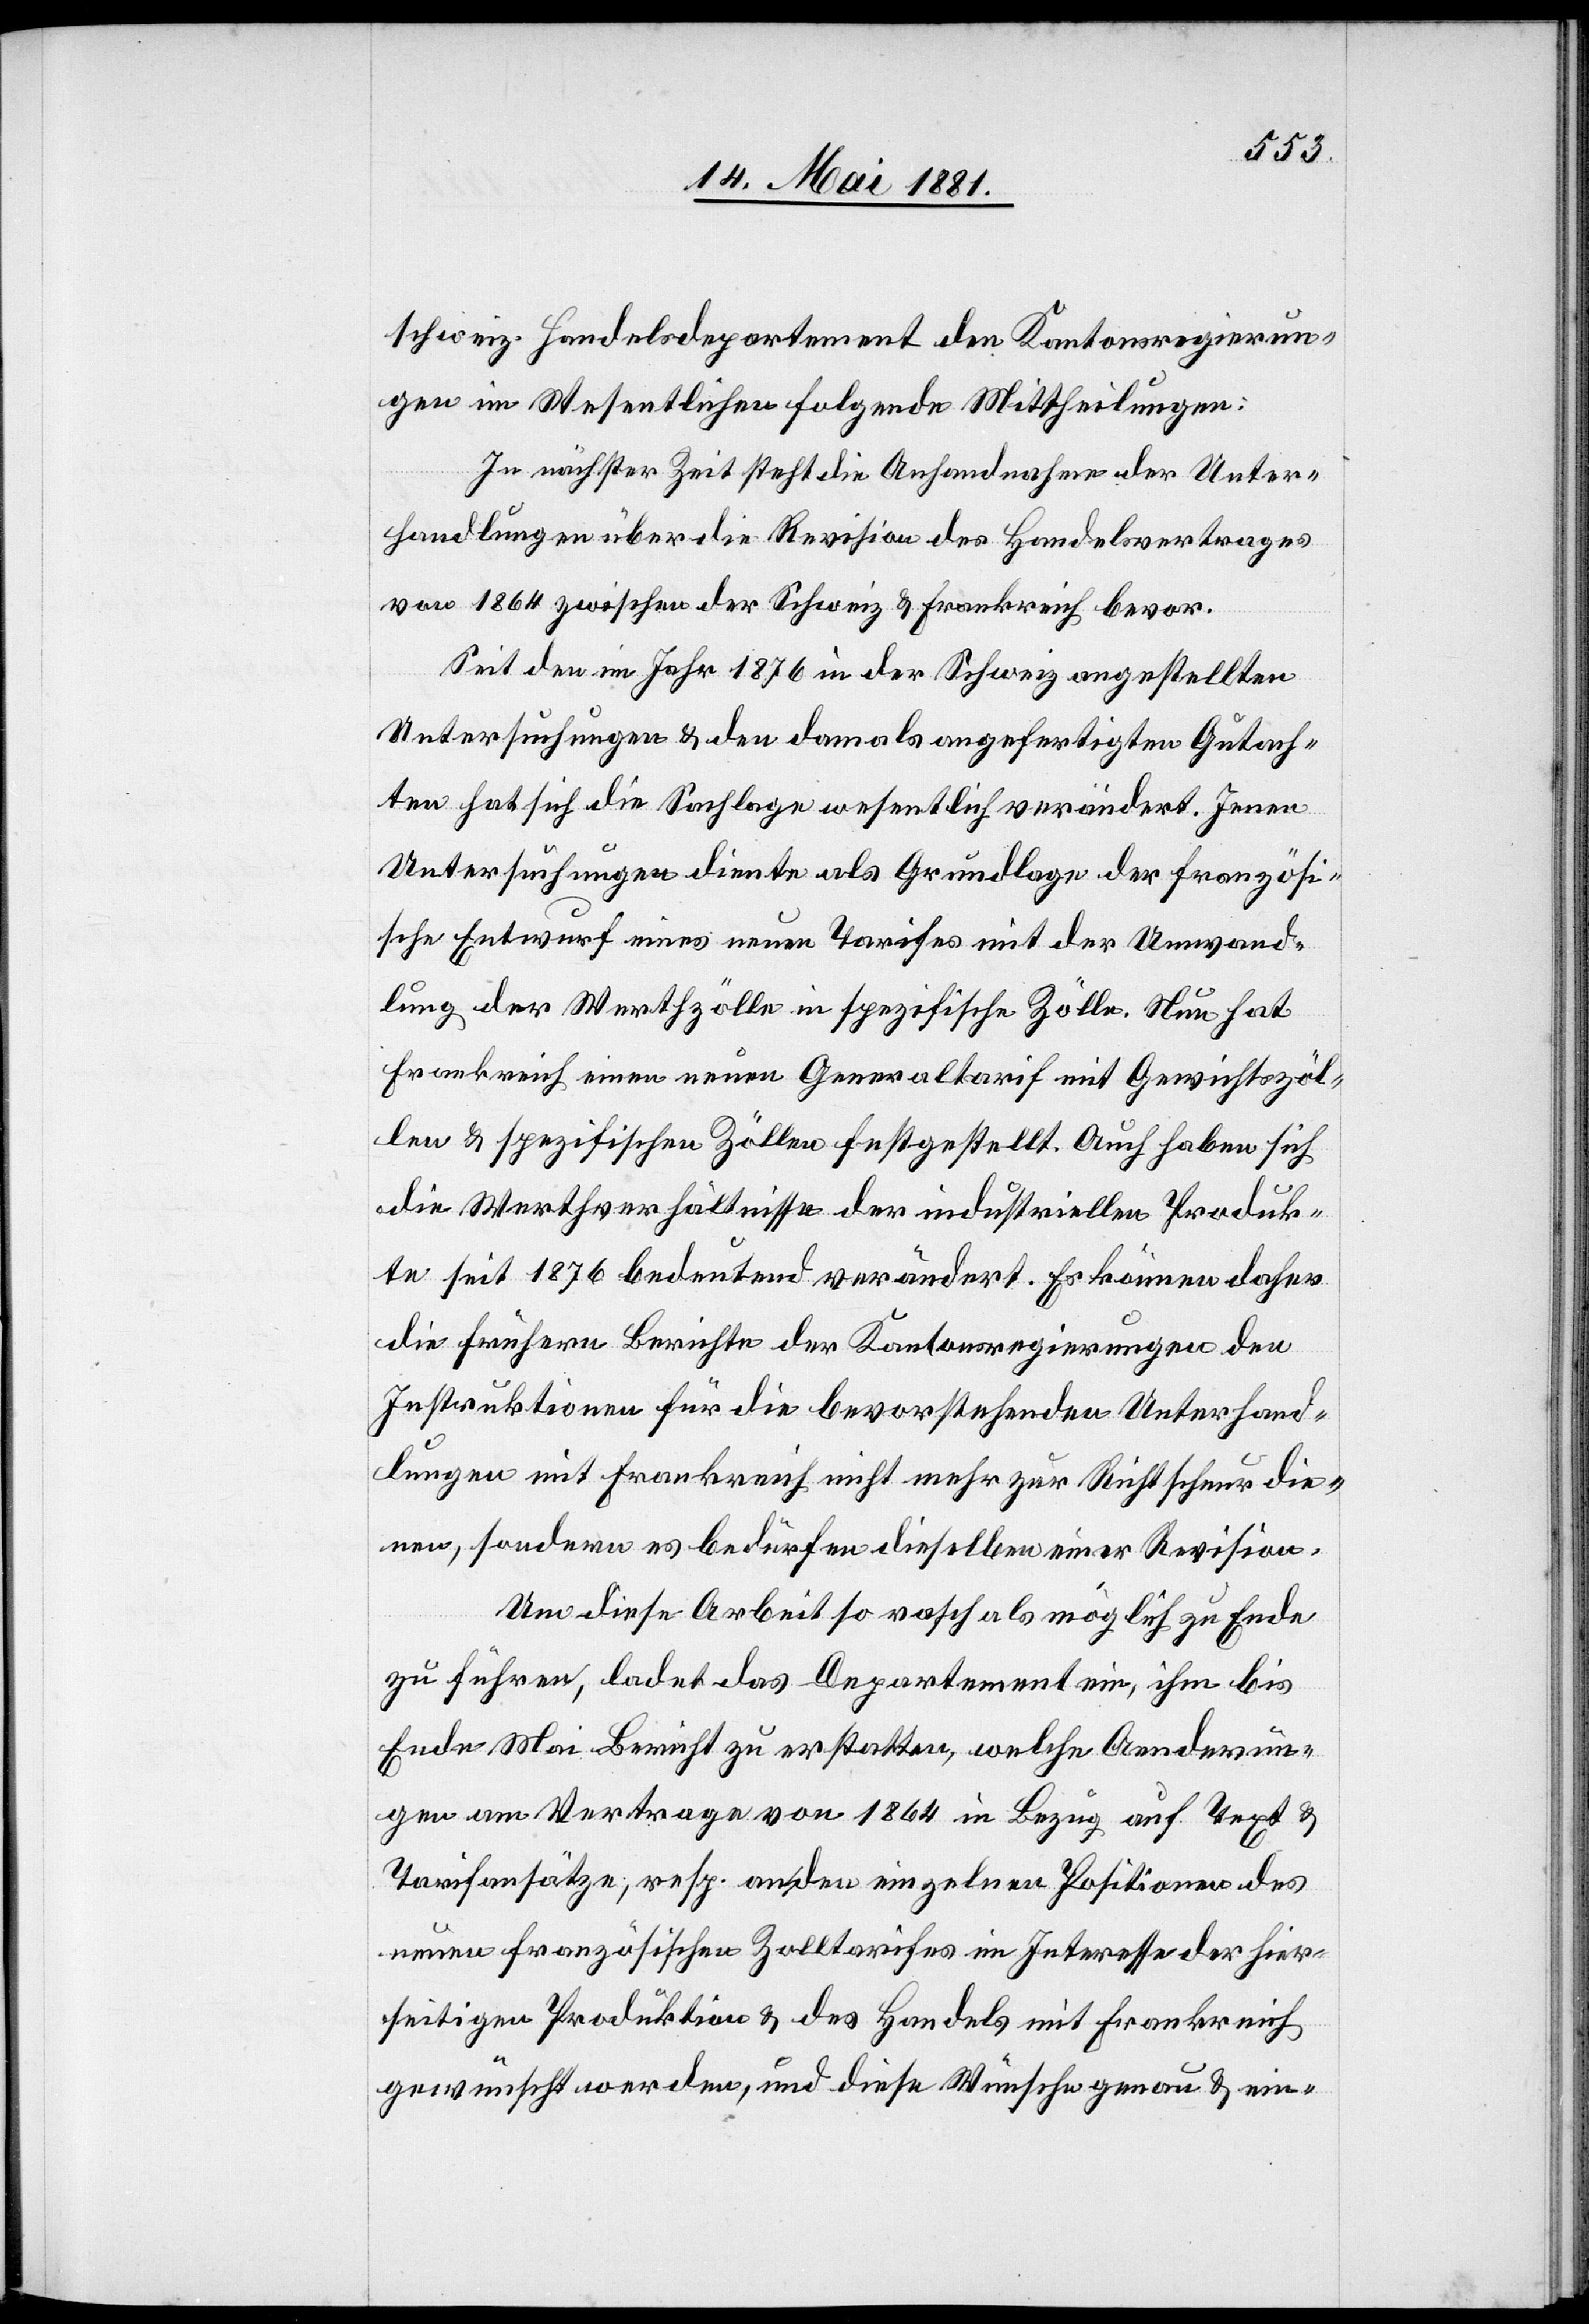
schweiz. Handelsdepartement den Kantonsregierun¬
gen im Wesentlichen folgende Mittheilungen:
In nächster Zeit steht die Anhandnahme der Unter¬
handlungen über die Revision des Handelsvertrages
von 1864 zwischen der Schweiz & Frankreich bevor.
Seit den im Jahr 1876 in der Schweiz angestellten
Untersuchungen & den damals angefertigten Gutach¬
ten hat sich die Sachlage wesentlich verändert. Jenen
Untersuchungen diente als Grundlage der französi¬
sche Entwurf eines neuen Tarifes mit der Umwand¬
lung der Werthzölle in spezifische Zölle. Nun hat
Frankreich einen neuen Generaltarif mit Gewichtszöl¬
len & spezifischen Zöllen festgestellt. Auch haben sich
die Werthverhältnisse der industriellen Produk¬
te seit 1876 bedeutend verändert. Es können daher
die frühern Berichte der Kantonsregierungen den
Instruktionen für die bevorstehenden Unterhand¬
lungen mit Frankreich nicht mehr zur Richtschnur die¬
nen, sondern es bedürfen dieselben einer Revision.
Um diese Arbeit so rasch als möglich zu Ende
zu führen, ladet das Departement ein, ihm bis
Ende Mai Bericht zu erstatten, welche Aenderun¬
gen am Vertrage von 1864 in Bezug auf Text &
Tarifsätzen, resp. an den einzelnen Positionen des
neuen französischen Zolltarifes im Interesse der hier¬
seitigen Produktion & des Handels mit Frankreich
gewünscht werden, und diese Wünsche genau & ein-